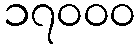
၁၇၀၀၀